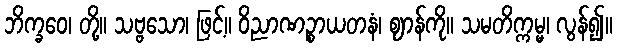
ဘိက္ခဝေ၊ တို့။ သဗ္ဗသော၊ ဖြင့်။ ဝိညာဏဉ္စာယတနံ၊ ဈာန်ကို။ သမတိက္ကမ္မ၊ လွန်၍။